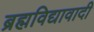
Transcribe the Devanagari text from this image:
ब्रह्मविद्यावादी